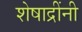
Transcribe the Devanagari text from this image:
शेषाद्रींनी